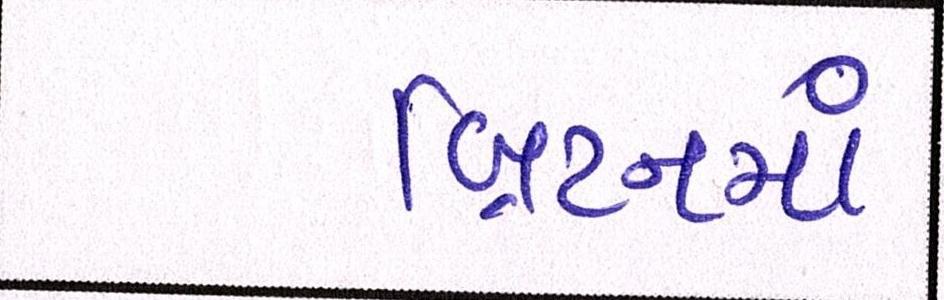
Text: બ્રિટનમાં